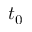
t _ { 0 }